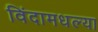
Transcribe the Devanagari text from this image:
विंदामधल्या